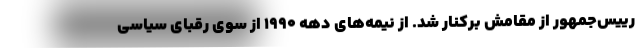
رییس‌جمهور از مقامش برکنار شد. از نیمه‌های دهه ۱۹۹۰ از سوی رقبای سیاسی